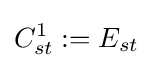
C_{st}^{1}:=E_{st}